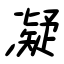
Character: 凝